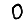
Digit: 0